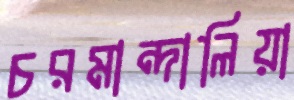
চরমান্দালিয়া